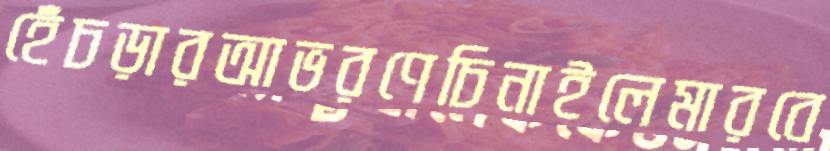
হেঁচড়ারআভরণেচিনাইলেমারবে